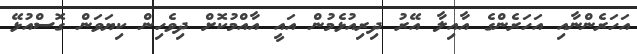
އަހަރެންނާއި އަހަރެންގެ އާއިލާ އޭރު ދިރިއުޅެމުން އައީ އާއްމުކޮށް ދިވެހިން ކިޔަވަން ގޮސްއުޅޭ